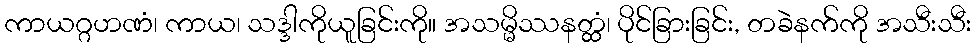
ကာယဂ္ဂဟဏံ၊ ကာယ၊ သဒ္ဒါကိုယူခြင်းကို။ အသမ္မိဿနတ္ထံ၊ ပိုင်ခြားခြင်း, တခဲနက်ကို အသီးသီး